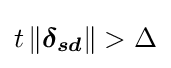
t\left\|{\boldsymbol {\delta _{sd}}}\right\|>\Delta